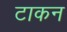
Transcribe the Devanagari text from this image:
टाकन